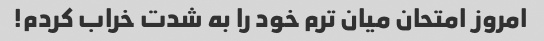
امروز امتحان میان ترم خود را به شدت خراب کردم!